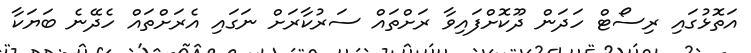
އަތޮޅުގައި ރިސޯޓް ހަދަން ދޫކޮށްފައިވާ ރަށްތައް ސަރުކާރަށް ނަގައި އެރަށްތައް ހެދޭނެ ބަޔަކާ